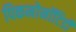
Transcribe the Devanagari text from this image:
पिकनोनॉटिडी